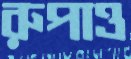
রুপাও